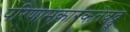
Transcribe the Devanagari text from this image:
परिणामकारकतेबद्द्ल